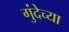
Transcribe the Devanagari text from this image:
गुंदेच्या